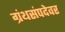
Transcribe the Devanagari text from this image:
ग्रंथसंपदेवर